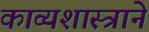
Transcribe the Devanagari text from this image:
काव्यशास्त्राने